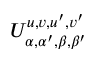
U _ { \alpha , \alpha ^ { \prime } , \beta , \beta ^ { \prime } } ^ { u , v , u ^ { \prime } , v ^ { \prime } }